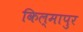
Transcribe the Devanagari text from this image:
किल्मापुर